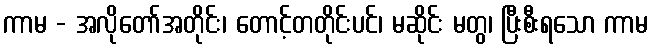
ကာမ - အလိုတော်အတိုင်း၊ တောင့်တတိုင်းပင်၊ မဆိုင်း မတွ၊ ပြီးစီးရသော ကာမ